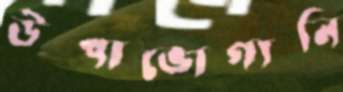
উপাভোগ্যনি